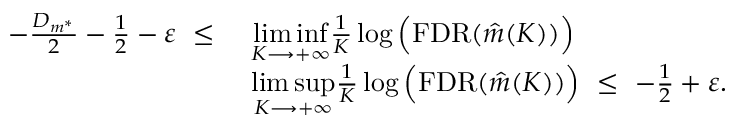
\begin{array} { r l } { - \frac { D _ { m ^ { * } } } { 2 } - \frac { 1 } { 2 } - \varepsilon \ \leq \ } & { \underset { K \longrightarrow + \infty } { \operatorname* { l i m } \operatorname* { i n f } } \frac { 1 } { K } \log \Big ( \mathrm { F D R } ( \Hat { m } ( K ) ) \Big ) } \\ & { \underset { K \longrightarrow + \infty } { \operatorname* { l i m } \operatorname* { s u p } } \frac { 1 } { K } \log \Big ( \mathrm { F D R } ( \Hat { m } ( K ) ) \Big ) \ \leq \ - \frac { 1 } { 2 } + \varepsilon . } \end{array}